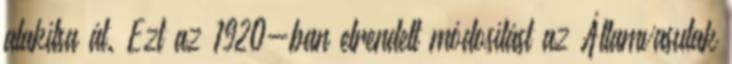
alakítsa át. Ezt az 1920-ban elrendelt módosítást az Államvasutak